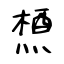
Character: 槱